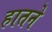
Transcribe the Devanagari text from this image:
हातने